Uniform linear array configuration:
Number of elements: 64
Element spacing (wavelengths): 0.25
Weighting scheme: exponential
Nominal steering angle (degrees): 0
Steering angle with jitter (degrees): -0.9192
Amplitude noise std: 0.05
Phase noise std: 0.05

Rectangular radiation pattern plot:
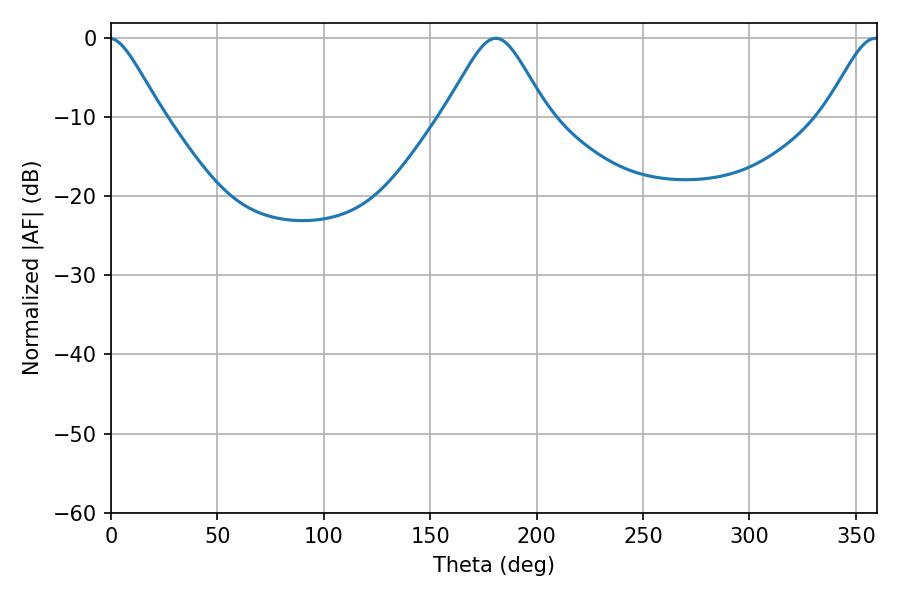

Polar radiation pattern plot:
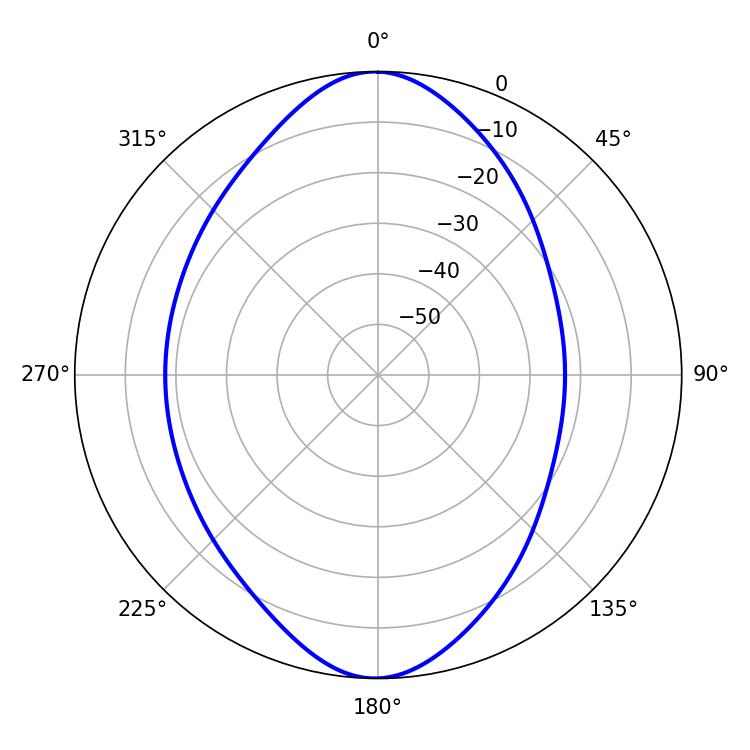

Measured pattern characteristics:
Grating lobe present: FALSE
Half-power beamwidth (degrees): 23.22
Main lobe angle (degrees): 180.9